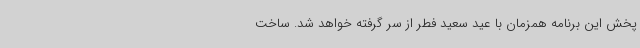
پخش این برنامه همزمان با عید سعید فطر از سر گرفته خواهد شد. ساخت